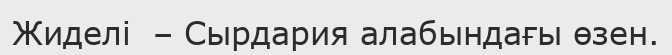
Жиделі  – Сырдария алабындағы өзен.